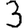
Digit: 3